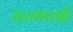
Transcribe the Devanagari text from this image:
राज्यपत्रों